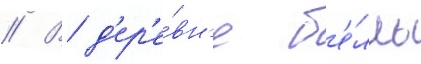
// В д'ер'е́вн'е б'е́лль